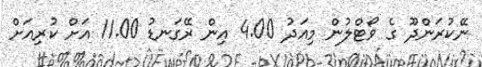
ނޭކުރަންދޫ ގެ ވޯޓްލުން މިއަދު 4.00 އިން ރޭގަނޑު 11.00 އަށް ކުރިއަށް